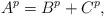
LaTeX: \begin{align*} A^p=B^p+C^p,\end{align*}